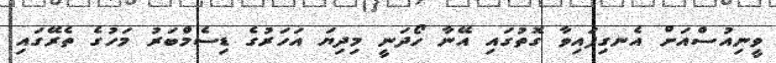
ވީނިއުސްއަށް އެނގިފައިވާ ގޮތުގައި އޭނާ ހޯދަނީ މިދިިޔަ އަހަރުގެ ޑިސެމްބަރު މަހުގެ ތެރޭގައި